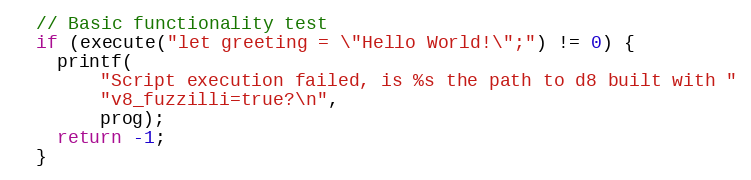
Language: C++
  // Basic functionality test
  if (execute("let greeting = \"Hello World!\";") != 0) {
    printf(
        "Script execution failed, is %s the path to d8 built with "
        "v8_fuzzilli=true?\n",
        prog);
    return -1;
  }